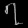
Digit: ၇